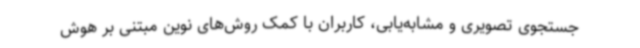
جستجوی تصویری و مشابه‌یابی، کاربران با کمک روش‌های نوین مبتنی بر هوش